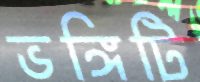
ভঙ্গিটি